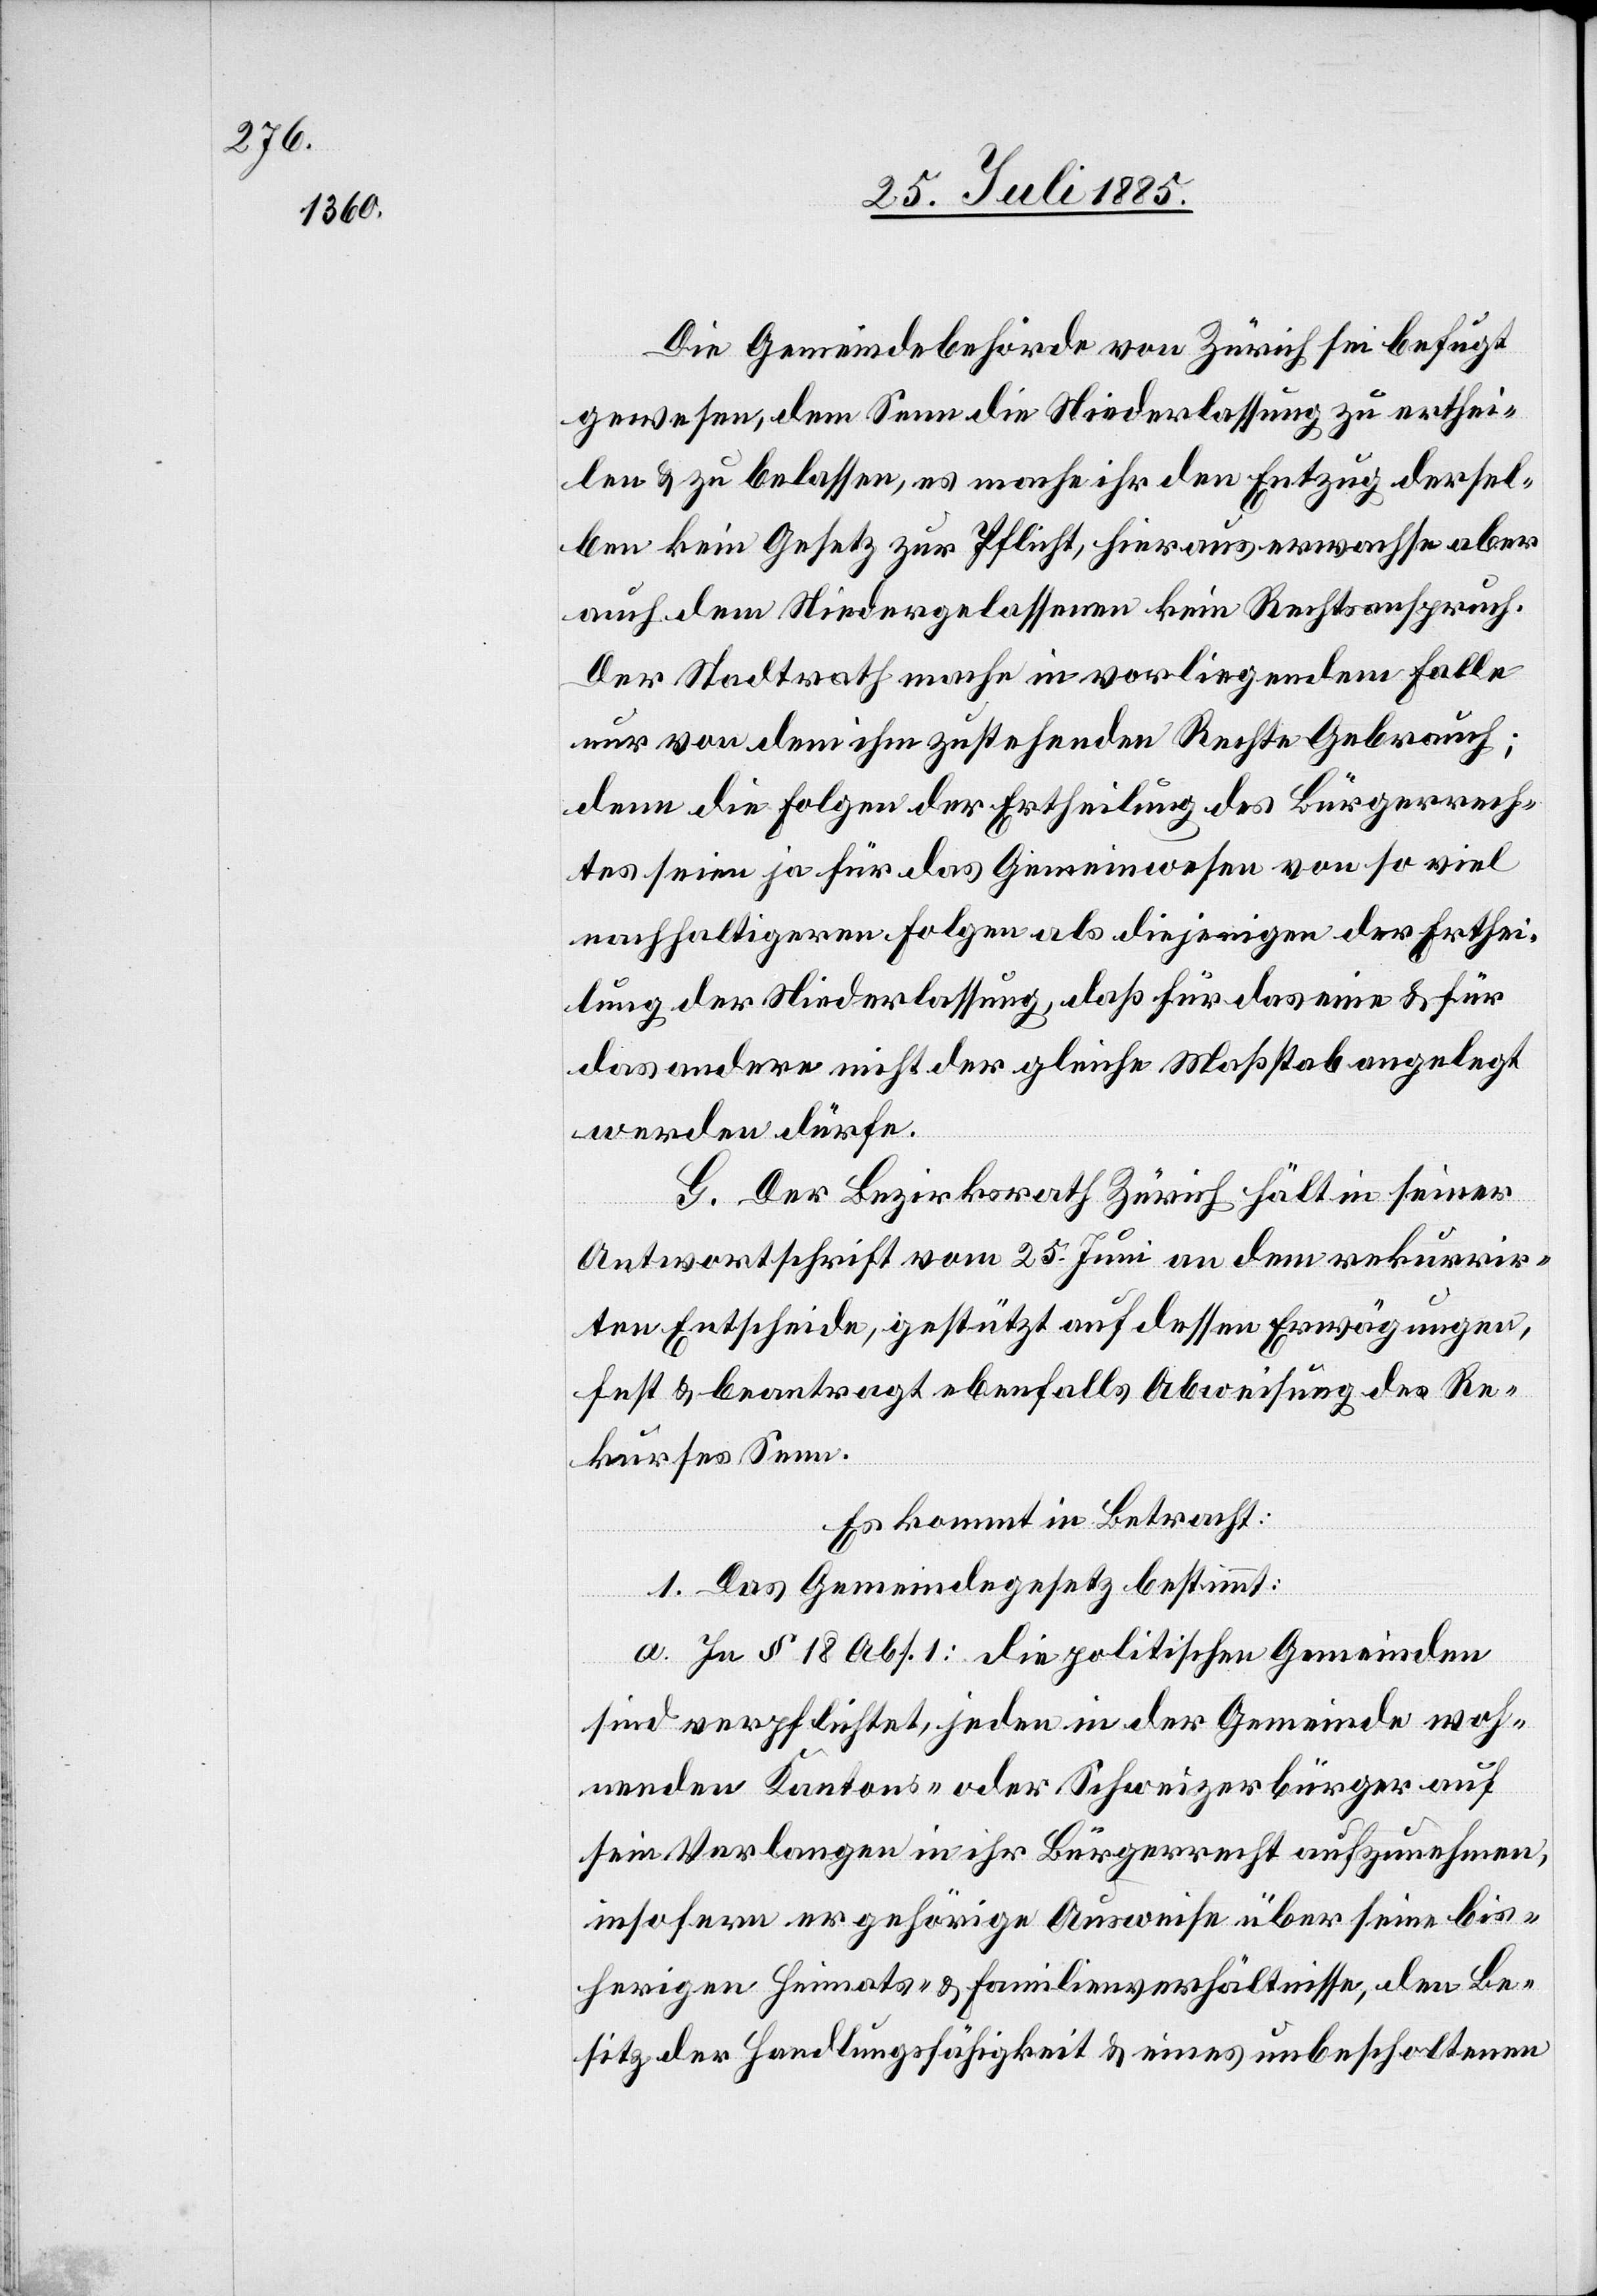
Die Gemeindebehörde von Zürich sei befugt
gewesen, dem Senn die Niederlassung zu erthei¬
len & zu belassen, es mache ihr den Entzug dersel¬
ben kein Gesetz zur Pflicht, hieraus erwachse aber
auch dem Niedergelassenen kein Rechtsanspruch.
Der Stadtrath mache in vorliegendem Falle
nur von dem ihm zustehenden Rechte Gebrauch;
denn die Folgen der Ertheilung des Bürgerrech¬
tes seien ja für das Gemeinwesen von so viel
nachhaltigeren Folgen als diejenigen der Erthei¬
lung der Niederlassung, daß für das eine & für
das andere nicht der gleiche Maßstab angelegt
werden dürfe.
G. Der Bezirksrath Zürich hält in seiner
Antwortschrift vom 25. Juni an dem rekurrir¬
ten Entscheide, gestützt auf dessen Erwägungen,
fest & beantragt ebenfalls Abweisung des Re¬
kurses Senn.
Es kommt in Betracht:
1. Das Gemeindegesetz bestimmt:
a. In § 18 Abs. 1: die politischen Gemeinden
sind verpflichtet, jeden in der Gemeinde woh¬
nenden Kantons- oder Schweizerbürger auf
sein Verlangen in ihr Bürgerrecht aufzunehmen,
insofern er gehörige Ausweise über seine bis¬
herigen Heimats- & Familienverhältnisse, den Be¬
sitz der Handlungsfähigkeit & eines unbescholtenen